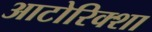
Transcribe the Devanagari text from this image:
आटोरिक्शा